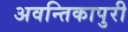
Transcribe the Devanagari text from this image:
अवन्तिकापुरी